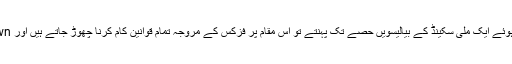
مگر جب سائنسدان مزید پیچھے جاتے ہوئے ایک ملی سکینڈ کے بیالیسویں حصے تک پہنتے تو اس مقام پر فزکس کے مروجہ تمام قوانین کام کرنا چھوڑ جاتے ہیں اور Break down ہونا شروع ہو جاتے ہیں۔